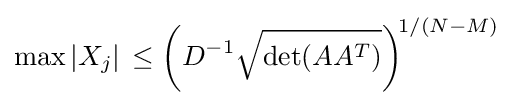
\max |X_{j}|\,\leq \left(D^{-1}{\sqrt {\det(AA^{T})}}\right)^{\!1/(N-M)}